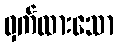
ဝှက်ထားသော